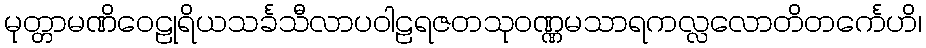
မုတ္တာမဏိဝေဠုရိယသင်္ခသီလာပဝါဠရဇတသုဝဏ္ဏမသာရကလ္လလောတိတင်္ကေဟိ၊